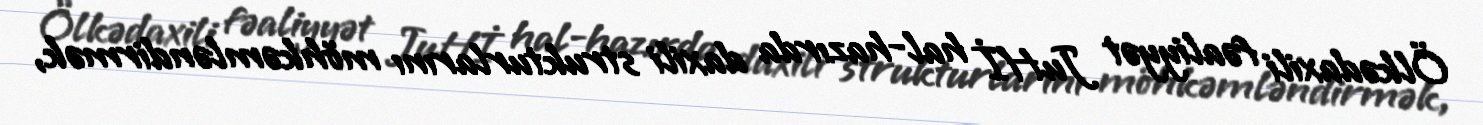
Ölkədaxili fəaliyyət JuHİ hal-hazırda daxili strukturlarını möhkəmləndirmək,